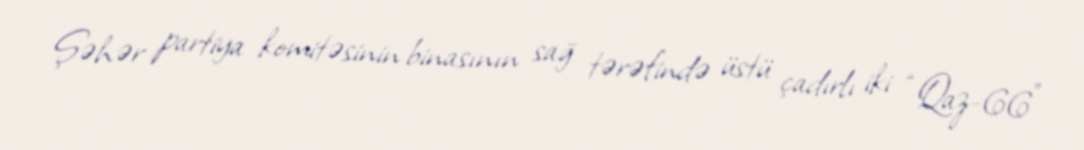
Şəhər partiya komitəsinin binasının sağ tərəfində üstü çadırlı iki “Qaz-66”